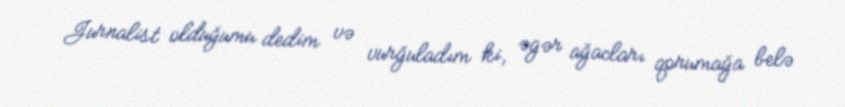
Jurnalist olduğumu dedim və vurğuladım ki, əgər ağacları qorumağa belə